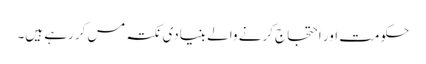
حکومت اور احتجاج کرنے والے بنیادی نکتہ مس کررہے ہیں۔